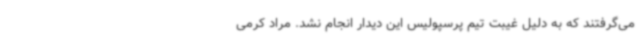
می‌گرفتند که به دلیل غیبت تیم پرسپولیس این دیدار انجام نشد. مراد کرمی